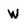
Character: w